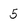
Character: 5